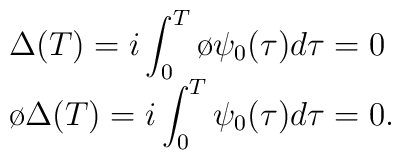
\begin{array}{l}	\Delta(T)=i\displaystyle\int_{0}^{T}\o{\psi}_{0}(\tau)d\tau = 0  \\	\o{\Delta}(T)=i\displaystyle\int_{0}^{T}\psi_{0}(\tau)d\tau = 0.	\end{array}